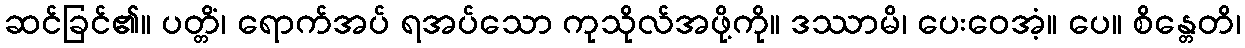
ဆင်ခြင်၏။ ပတ္တိံ၊ ရောက်အပ် ရအပ်သော ကုသိုလ်အဖို့ကို။ ဒဿာမိ၊ ပေးဝေအံ့။ ပေ။ စိန္တေတိ၊